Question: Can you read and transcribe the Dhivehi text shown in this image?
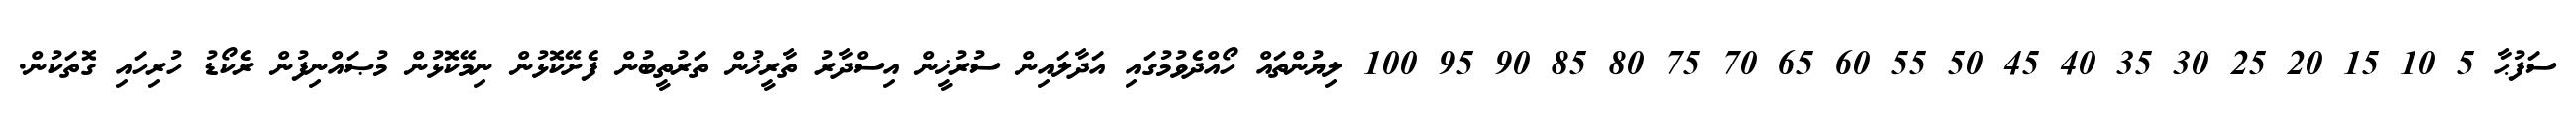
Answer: ސަފުޙާ 5 10 15 20 25 30 35 40 45 50 55 60 65 70 75 80 85 90 95 100 ލިޔުންތައް ހޯއްދެވުމުގައި އަދާލައިން ސުރުޚީން އިސްދާރު ތާރީޚުން ތަރުތީބުން ފެށޭކޮޅުން ނިމޭކޮޅުން މުޞައްނިފުން ރެކޯޑު ހުރިހައި ގޮތަކުން.